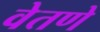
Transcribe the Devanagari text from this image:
वेतणे